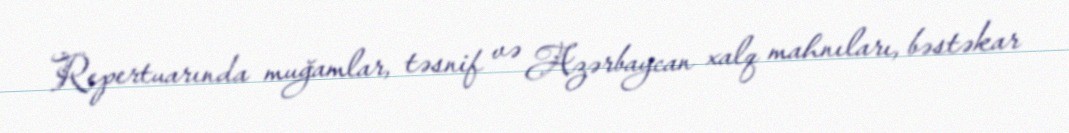
Repertuarında muğamlar, təsnif və Azərbaycan xalq mahnıları, bəstəkar